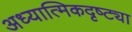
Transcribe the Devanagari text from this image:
अध्यात्मिकदृष्ट्या